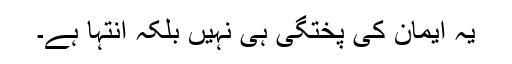
یہ ایمان کی پختگی ہی نہیں بلکہ انتہا ہے۔